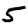
Digit: 5